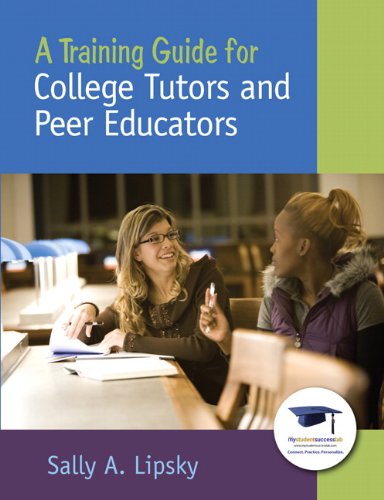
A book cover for A Training Guide for College Tutors and Peer Educators; Sally A. Lipsky; Education & Teaching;